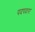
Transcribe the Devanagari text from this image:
पदपदरा